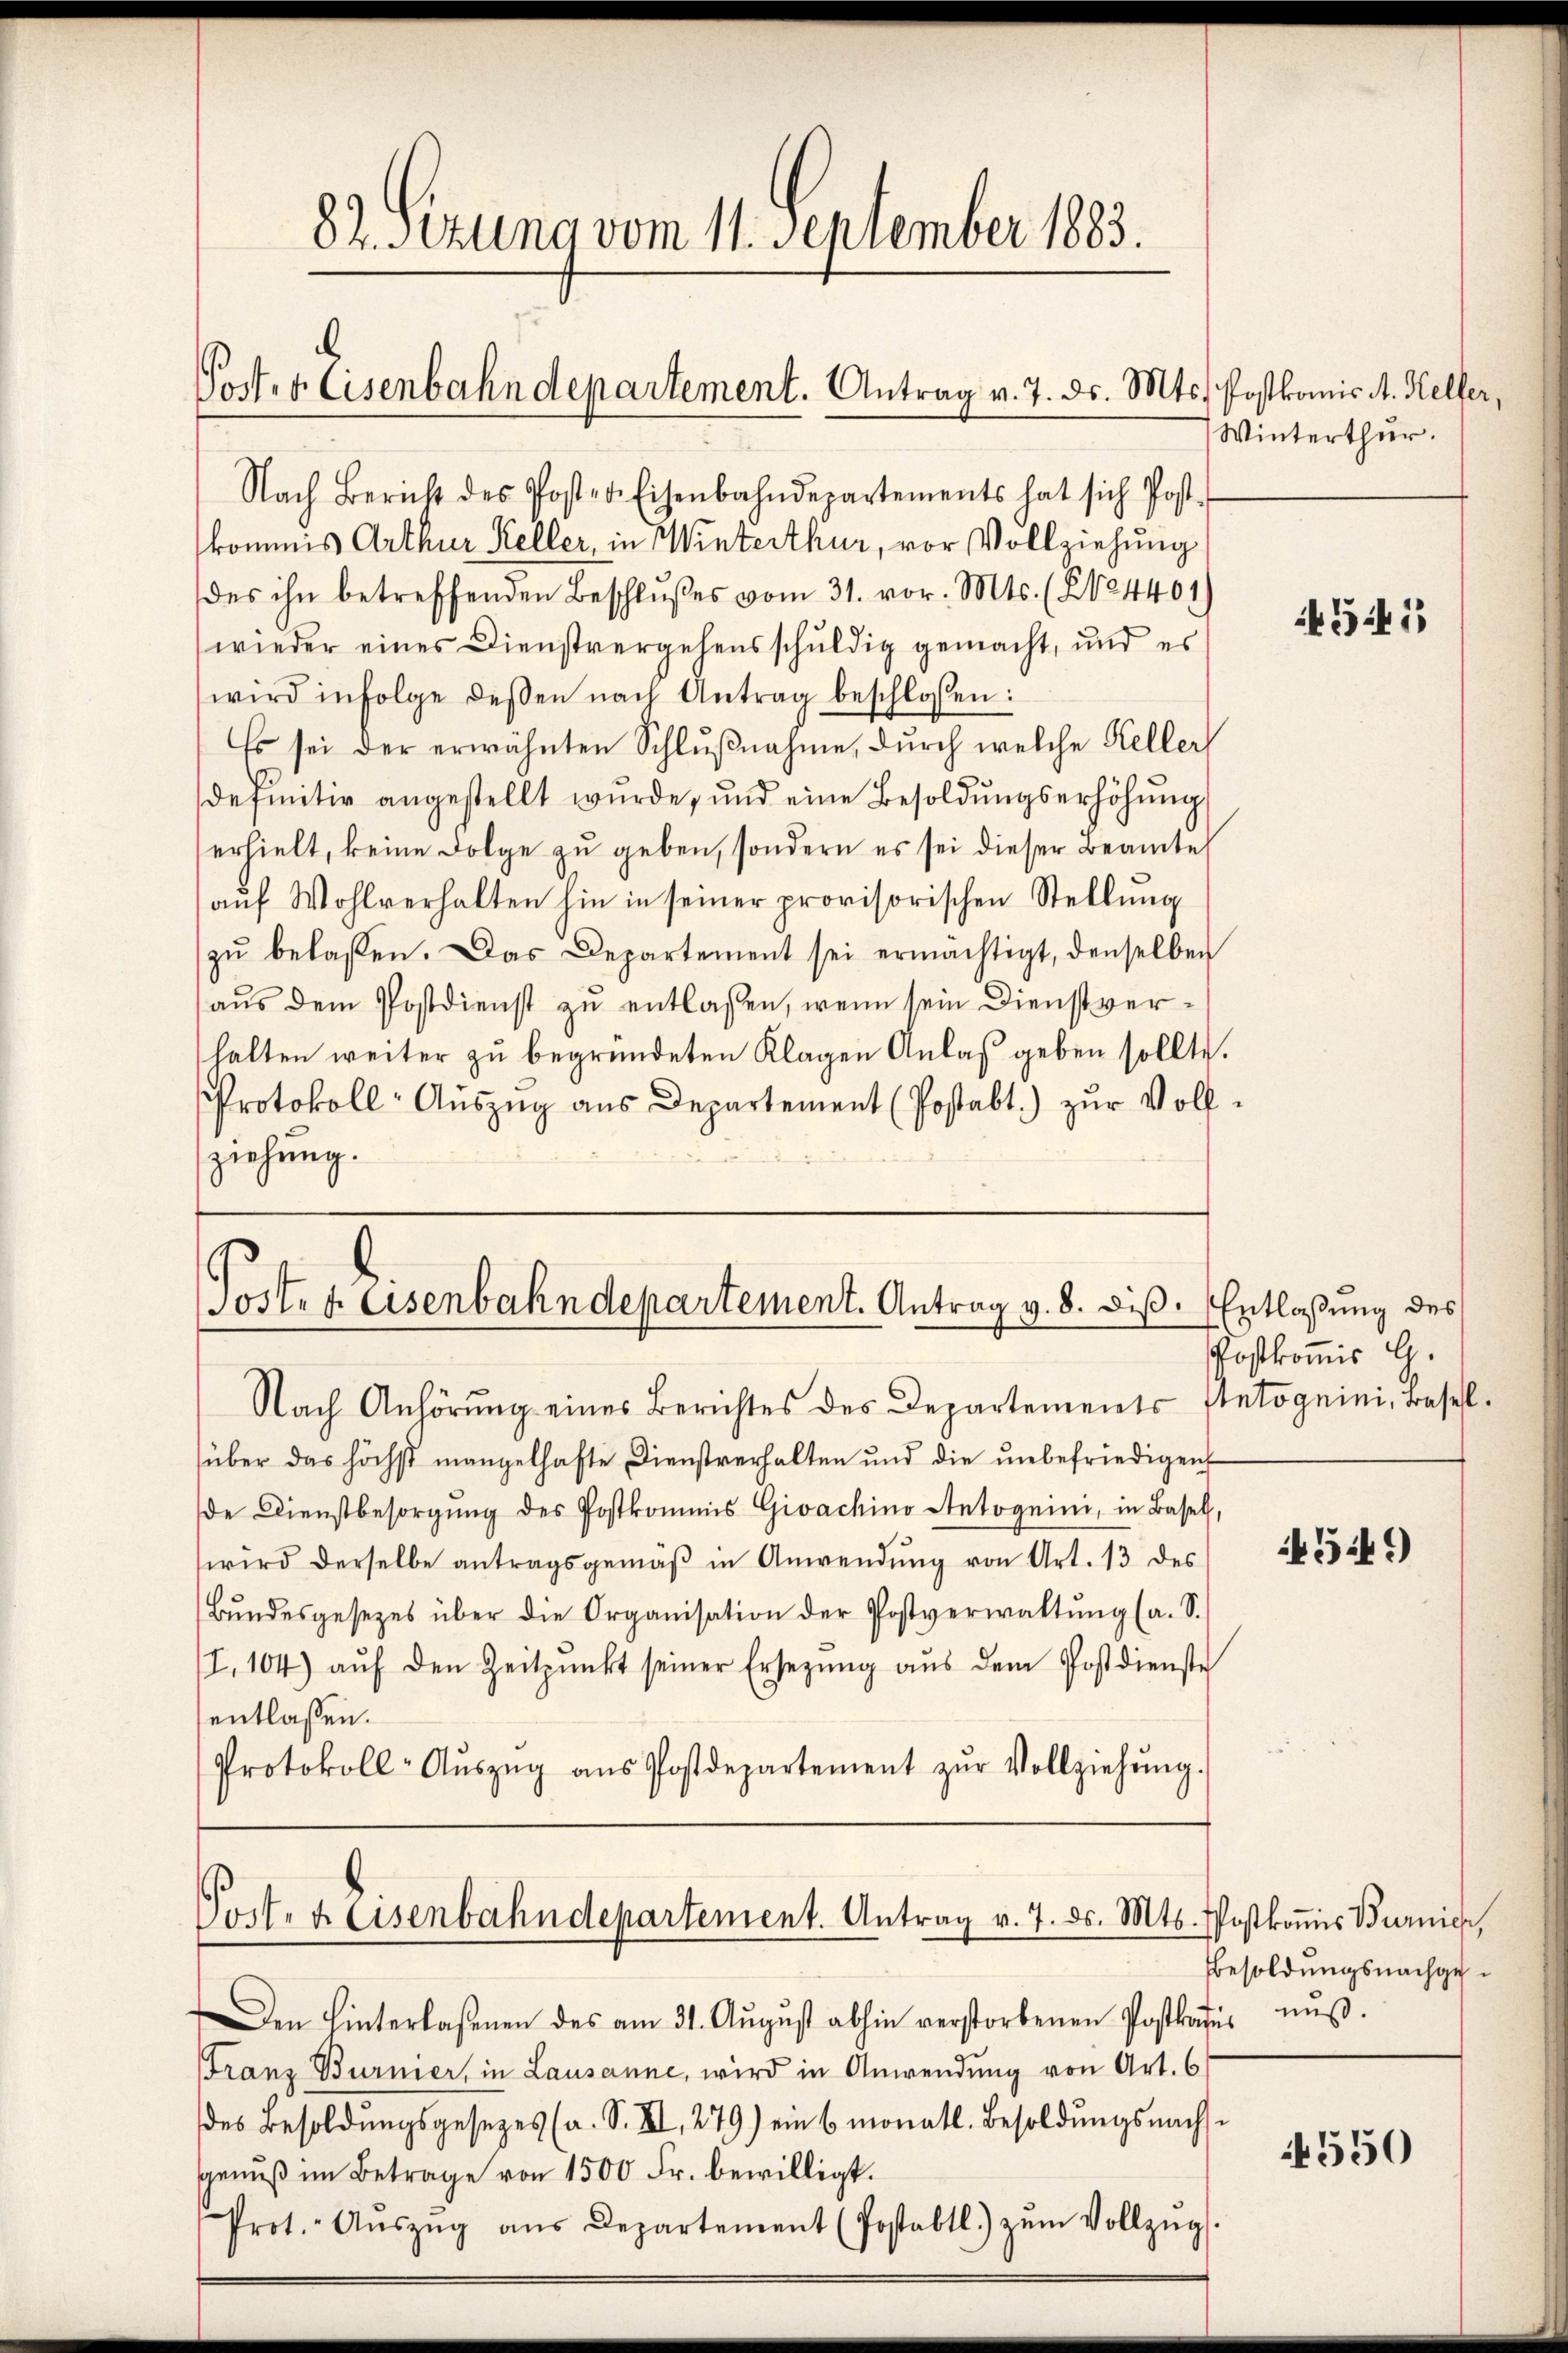
82. Sizung vom 11. September 1883.
Poster Eisenbahndepartement. Antrag v. 7. ds. Mts. Postkomis A. Helfer,
Nach Bericht des Posten Eisenbahndepartements hat sich Post

kommis Arthur Keller, in Winterthur, vor Vollziehung
des ihn betreffenden Beschlußes vom 31. vor. Mts. (2124401)
wieder eines Dienstvergehensschuldig gemacht, und es
wird infolge deβen nach Antrag beschlossen:
Es sei der erwähnten Schlußnahme, durch welche Keller
definitiv angestellt wurde, und eine Besoldŭngserhöhŭng
erhielt, keine Folge zu geben, sondern es sei dieser Beamte
aŭf Wohlverhalten hin in seiner provisorischen Stellŭng
zŭ belassen. Das Departement sei ermächtigt, denselben
aus dem Postdienst zu entlassen, wenn sein Dienstverhalten weiter zu begründeten Klagen Anlaß geben sollte.
Protokoll- Aŭszŭg ans Departement (Postabt) zur Vollziehung.

Post. f. Eisenbahndepartement. Antrag v. 8. diß. Entlaßung des
Nach Anhörŭng eines Berichtes des Departements stetoguini, Basel-

über das höchst mangelhafte Dienstverhalten und die unbefriedigen
de Dienstbesorgŭng des Postkommis Givachino Antoguini, in Basel,
wird derselbe antragsgemäβ in Anwendŭng von Art. 13 des
Bŭndesgesetzes über die Organisation der Postverwaltŭng (a. S.
I.104) aŭf den Zeitpunkt seiner Ersetzŭng aŭs dem Postdienste
entlassen.
Protokoll- Aŭszŭg aŭs Postdepartement zŭr Vollziehŭng.

Den hinterlassenen des am 31. Aŭgŭst abhin verstorbenen Postkates muß.
Franz Burnier, in Lausanne, wird in Anwendung von Art. 6
des Besoldŭngsgesezes (a. S. XI, 279) ein 6 monatl. Besoldŭngsnachse
Genuß im Betrage von 1500 Fr. bewilligt.
Prot. Aŭszŭg aŭs Departement (Postabtl) zŭm Vollzŭgs.

Vort. 4 Eisenbahndepartement. Antrag v. 7. ds. Mts. Postkoṁis Burnier,

Winterthur.

Postkommis G.

541

4549)

Besoldungsnachge¬

550